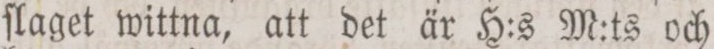
ſlaget wittna, att det är H:s M:ts och